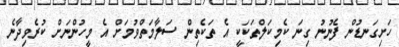
ހަށިގަނޑުން ފެނުނު ގިނަ ކެމިކަލްތަކަކީ އެ ތަކެތިން ސަލާމަތްވުމަށް އެ މީހުންނަށް ކުރެވިދާނެ